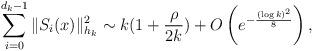
LaTeX: \begin{align*}\sum_{i=0}^{d_k-1}\|S_i(x)\|^2_{h_k}\sim k(1+\frac{\rho}{2k})+O\left(e^{-\frac{(\log k)^2}{8}}\right),\end{align*}